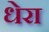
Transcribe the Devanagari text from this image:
धेरा